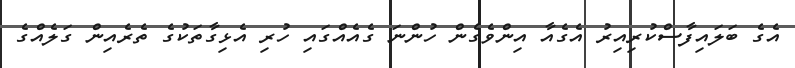
އެގެ ބަލައިފާސްކުރިއިރު އެގެއާ އިންވެގެން ހުންނަ ގެއެއްގައި ހުރި އެޅިގާތަކުގެ ތެރެއިން ގަލެއްގެ